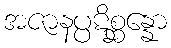
အဇာနပ္ပဋိစ္ဆန္နော